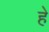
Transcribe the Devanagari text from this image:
हे